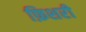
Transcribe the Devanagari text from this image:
फ़िशरी